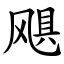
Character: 飓